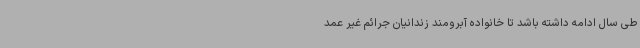
طی سال ادامه داشته باشد تا خانواده آبرومند زندانیان جرائم غیر عمد